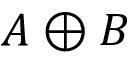
A \oplus B